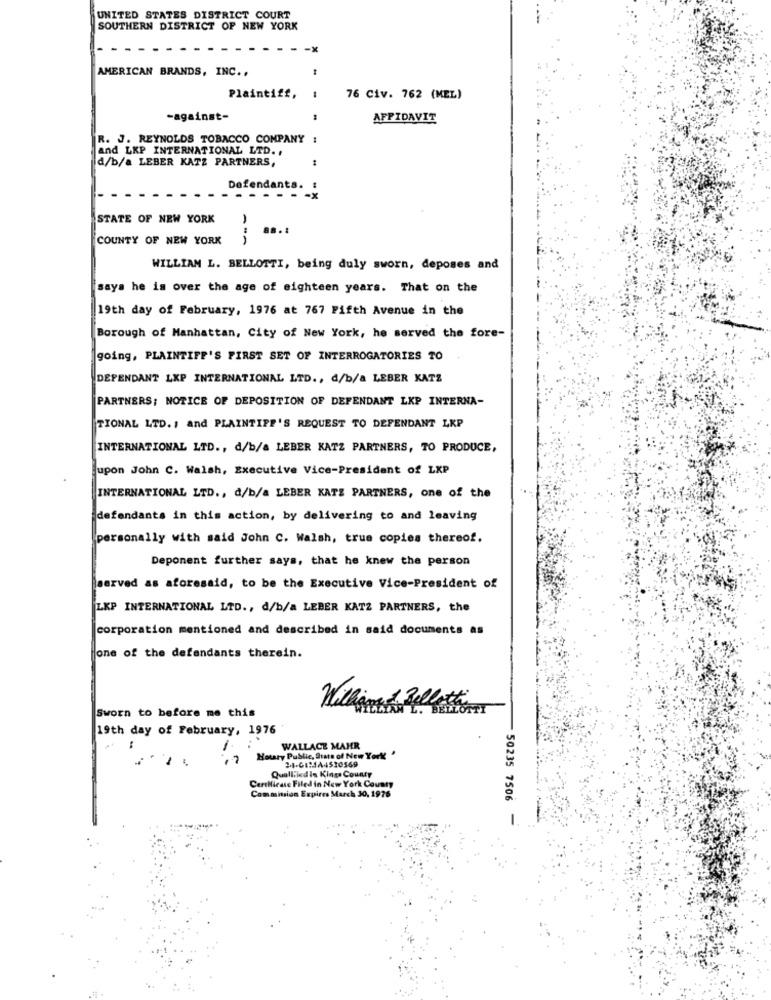
UNITED STATES DISTRICT COURT
SOUTHERN DISTRICT OF NEW YORK
-x
AMERICAN BRANDS, INC ..
Plaintiff,
76 Civ. 762 (MEL)
-against-
AFFIDAVIT
R. J. REYNOLDS TOBACCO COMPANY :
and LKP INTERNATIONAL LTD. .
d/b/a LEBER KATZ PARTNERS,
Defendants.
STATE OF NEW YORK
COUNTY OF NEW YORK
WILLIAM L. BELLOTTI, being duly sworn, deposes and
says he is over the age of eighteen years. That on the
19th day of February, 1976 at 767 Fifth Avenue in the
Borough of Manhattan, City of New York, he served the fore-
going, PLAINTIFF'S FIRST SET OF INTERROGATORIES TO
DEPENDANT LKP INTERNATIONAL LTD ., d/b/a LEBER KATZ
PARTNERS; NOTICE OF DEPOSITION OF DEFENDANT LKP INTERNA-
TIONAL LTD. , and PLAINTIFF'S REQUEST TO DEFENDANT LKP
INTERNATIONAL LTD ., d/b/a LEBER KATZ PARTNERS, TO PRODUCE,
jupon John C. Walsh, Executive Vice-President of LKP
INTERNATIONAL LTD ., d/b/a LEBER KATE PARTNERS, one of the
defendants in this action, by delivering to and leaving
personally with said John C. Walsh, true copies thereof.
Deponent further says, that he knew the person
served as aforesaid, to be the Executive Vice-President of
LKP INTERNATIONAL LTD ., d/b/a LEBER KATZ PARTNERS, the
corporation mentioned and described in said documents as
one of the defendants therein.
Sworn to before me this
Kilimand Belli
19th day of February, 1976
WALLACE MAKR
Hotary Public, Sista of New York '
2.1-01:144530569
Qualliled is Kings County
Certificate Filed in New York County
Commission Expires March 30, 1976
50235 7506